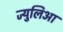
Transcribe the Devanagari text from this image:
ज्युलिआ